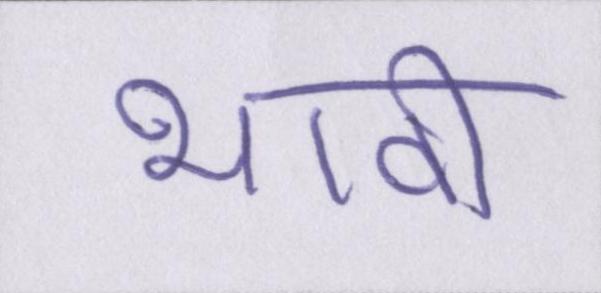
भावी